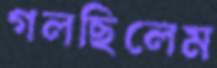
গলছিলেম